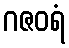
ဂဇဝရံ